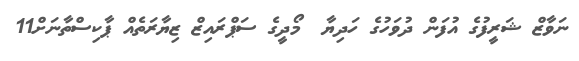
ނަވާޒް ޝަރީފުގެ އުފަން ދުވަހުގެ ހަދިޔާ  މޯދީގެ ސަޕްރައިޒް ޒިޔާރަތެއް ޕާކިސްތާނަށް11